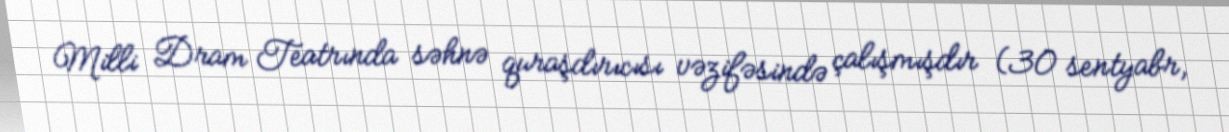
Milli Dram Teatrında səhnə quraşdırıcısı vəzifəsində çalışmışdır (30 sentyabr,